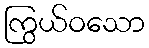
ကြွယ်ဝသော